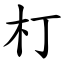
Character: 朾